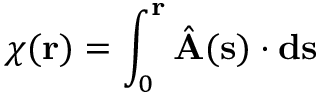
\chi ( { \bf r } ) = \int _ { 0 } ^ { { \bf r } } \hat { \bf A } ( { \bf s } ) \cdot { \bf d s }